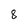
Character: 8